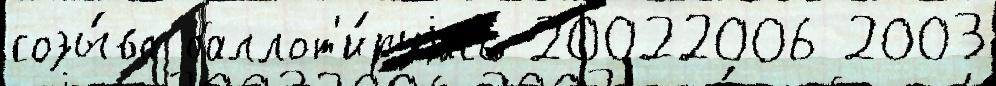
созы́ва баллот'и́руjась 20022006 2003